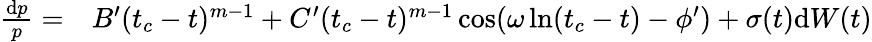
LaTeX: \begin{array}{rl}{\frac{\textrm{d}p}{p}=}&{{}B^{\prime}(t_{c}-t)^{m-1}+C^{\prime}(t_{c}-t)^{m-1}\cos(\omega\ln(t_{c}-t)-\phi^{\prime})+\sigma(t)\textrm{d}W(t)}\end{array}